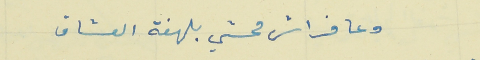
وعا فراش محشي بلهفة العشاق